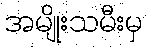
အမျိုးသမီးမှ